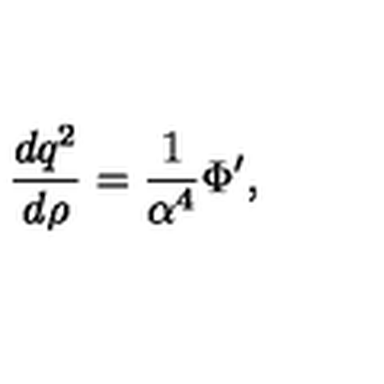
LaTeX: { \frac { d q ^ { 2 } } { d \rho } } = { \frac { 1 } { \alpha ^ { 4 } } } \Phi ^ { \prime } ,